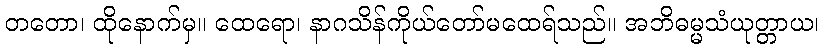
တတော၊ ထိုနောက်မှ။ ထေရော၊ နာဂသိန်ကိုယ်တော်မထေရ်သည်။ အဘိဓမ္မသံယုတ္တာယ၊